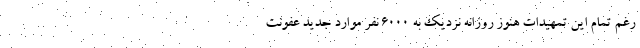
رغم تمام این تمهیدات هنوز روزانه نزدیک به ۶۰۰۰ نفر موارد جدید عفونت